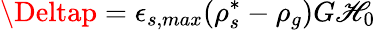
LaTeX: \Deltap=\epsilon_{s,max}(\rho_{s}^{*}-\rho_{g})G\mathscr{H}_{0}